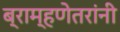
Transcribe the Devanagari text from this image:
ब्राम्हणेतरांनी